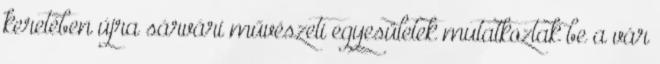
keretében újra sárvári művészeti egyesületek mutatkoztak be a vár